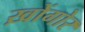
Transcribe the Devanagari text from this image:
ख़ोंगोर